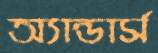
অ্যান্ডার্স